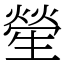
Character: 𤯵